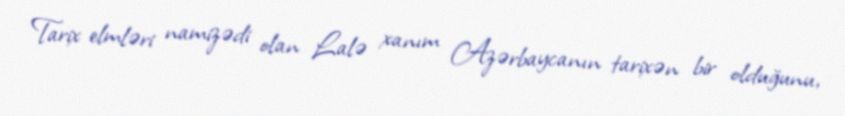
Tarix elmləri namizədi olan Lalə xanım Azərbaycanın tarixən bir olduğunu,